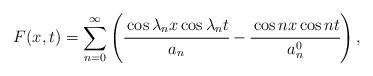
LaTeX: \begin{align*} F(x, t) = \sum_{n=0}^{\infty} \left( \cfrac{\cos \lambda_n x \cos \lambda_n t}{a_n} - \cfrac{\cos n x \cos n t}{a_n^0} \right),\end{align*}